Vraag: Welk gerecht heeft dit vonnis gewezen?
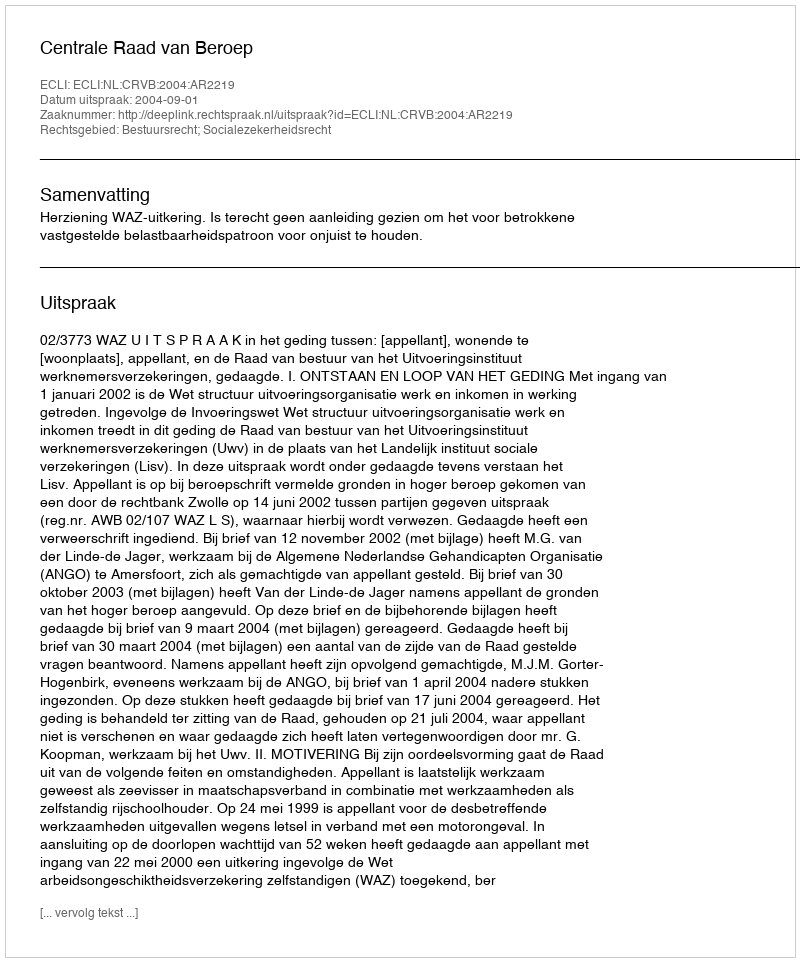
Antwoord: Centrale Raad van Beroep